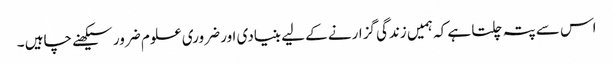
اس سے پتہ چلتا ہے کہ ہمیں زندگی گزارنے کے لیے بنیادی اور ضروری علوم ضرور سیکھنے چاہیں ۔